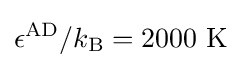
\epsilon ^{\text{AD}}/k_{\text{B}}=\mathrm {2000\ K}